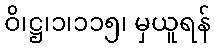
ဝိ၊ဋ္ဌ၊၁၊၁၁၅၊ မှယူရန်